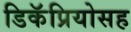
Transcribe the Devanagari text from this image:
डिकॅप्रियोसह